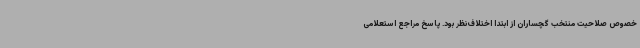
خصوص صلاحیت منتخب گچساران از ابتدا اختلاف‌نظر بود. پاسخ مراجع استعلامی